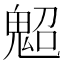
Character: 𩲤